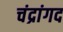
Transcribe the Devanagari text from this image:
चंद्रांगद